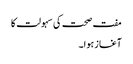
مفت صحت کی سہولت کا
آغاز ہوا۔